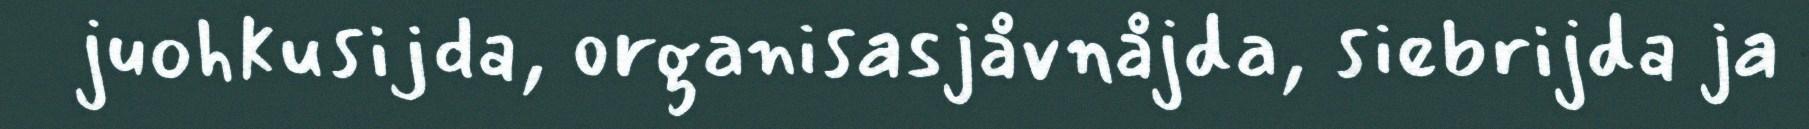
juohkusijda, organisasjåvnåjda, siebrijda ja